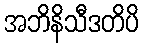
အဘိနိသီဒတိပိ